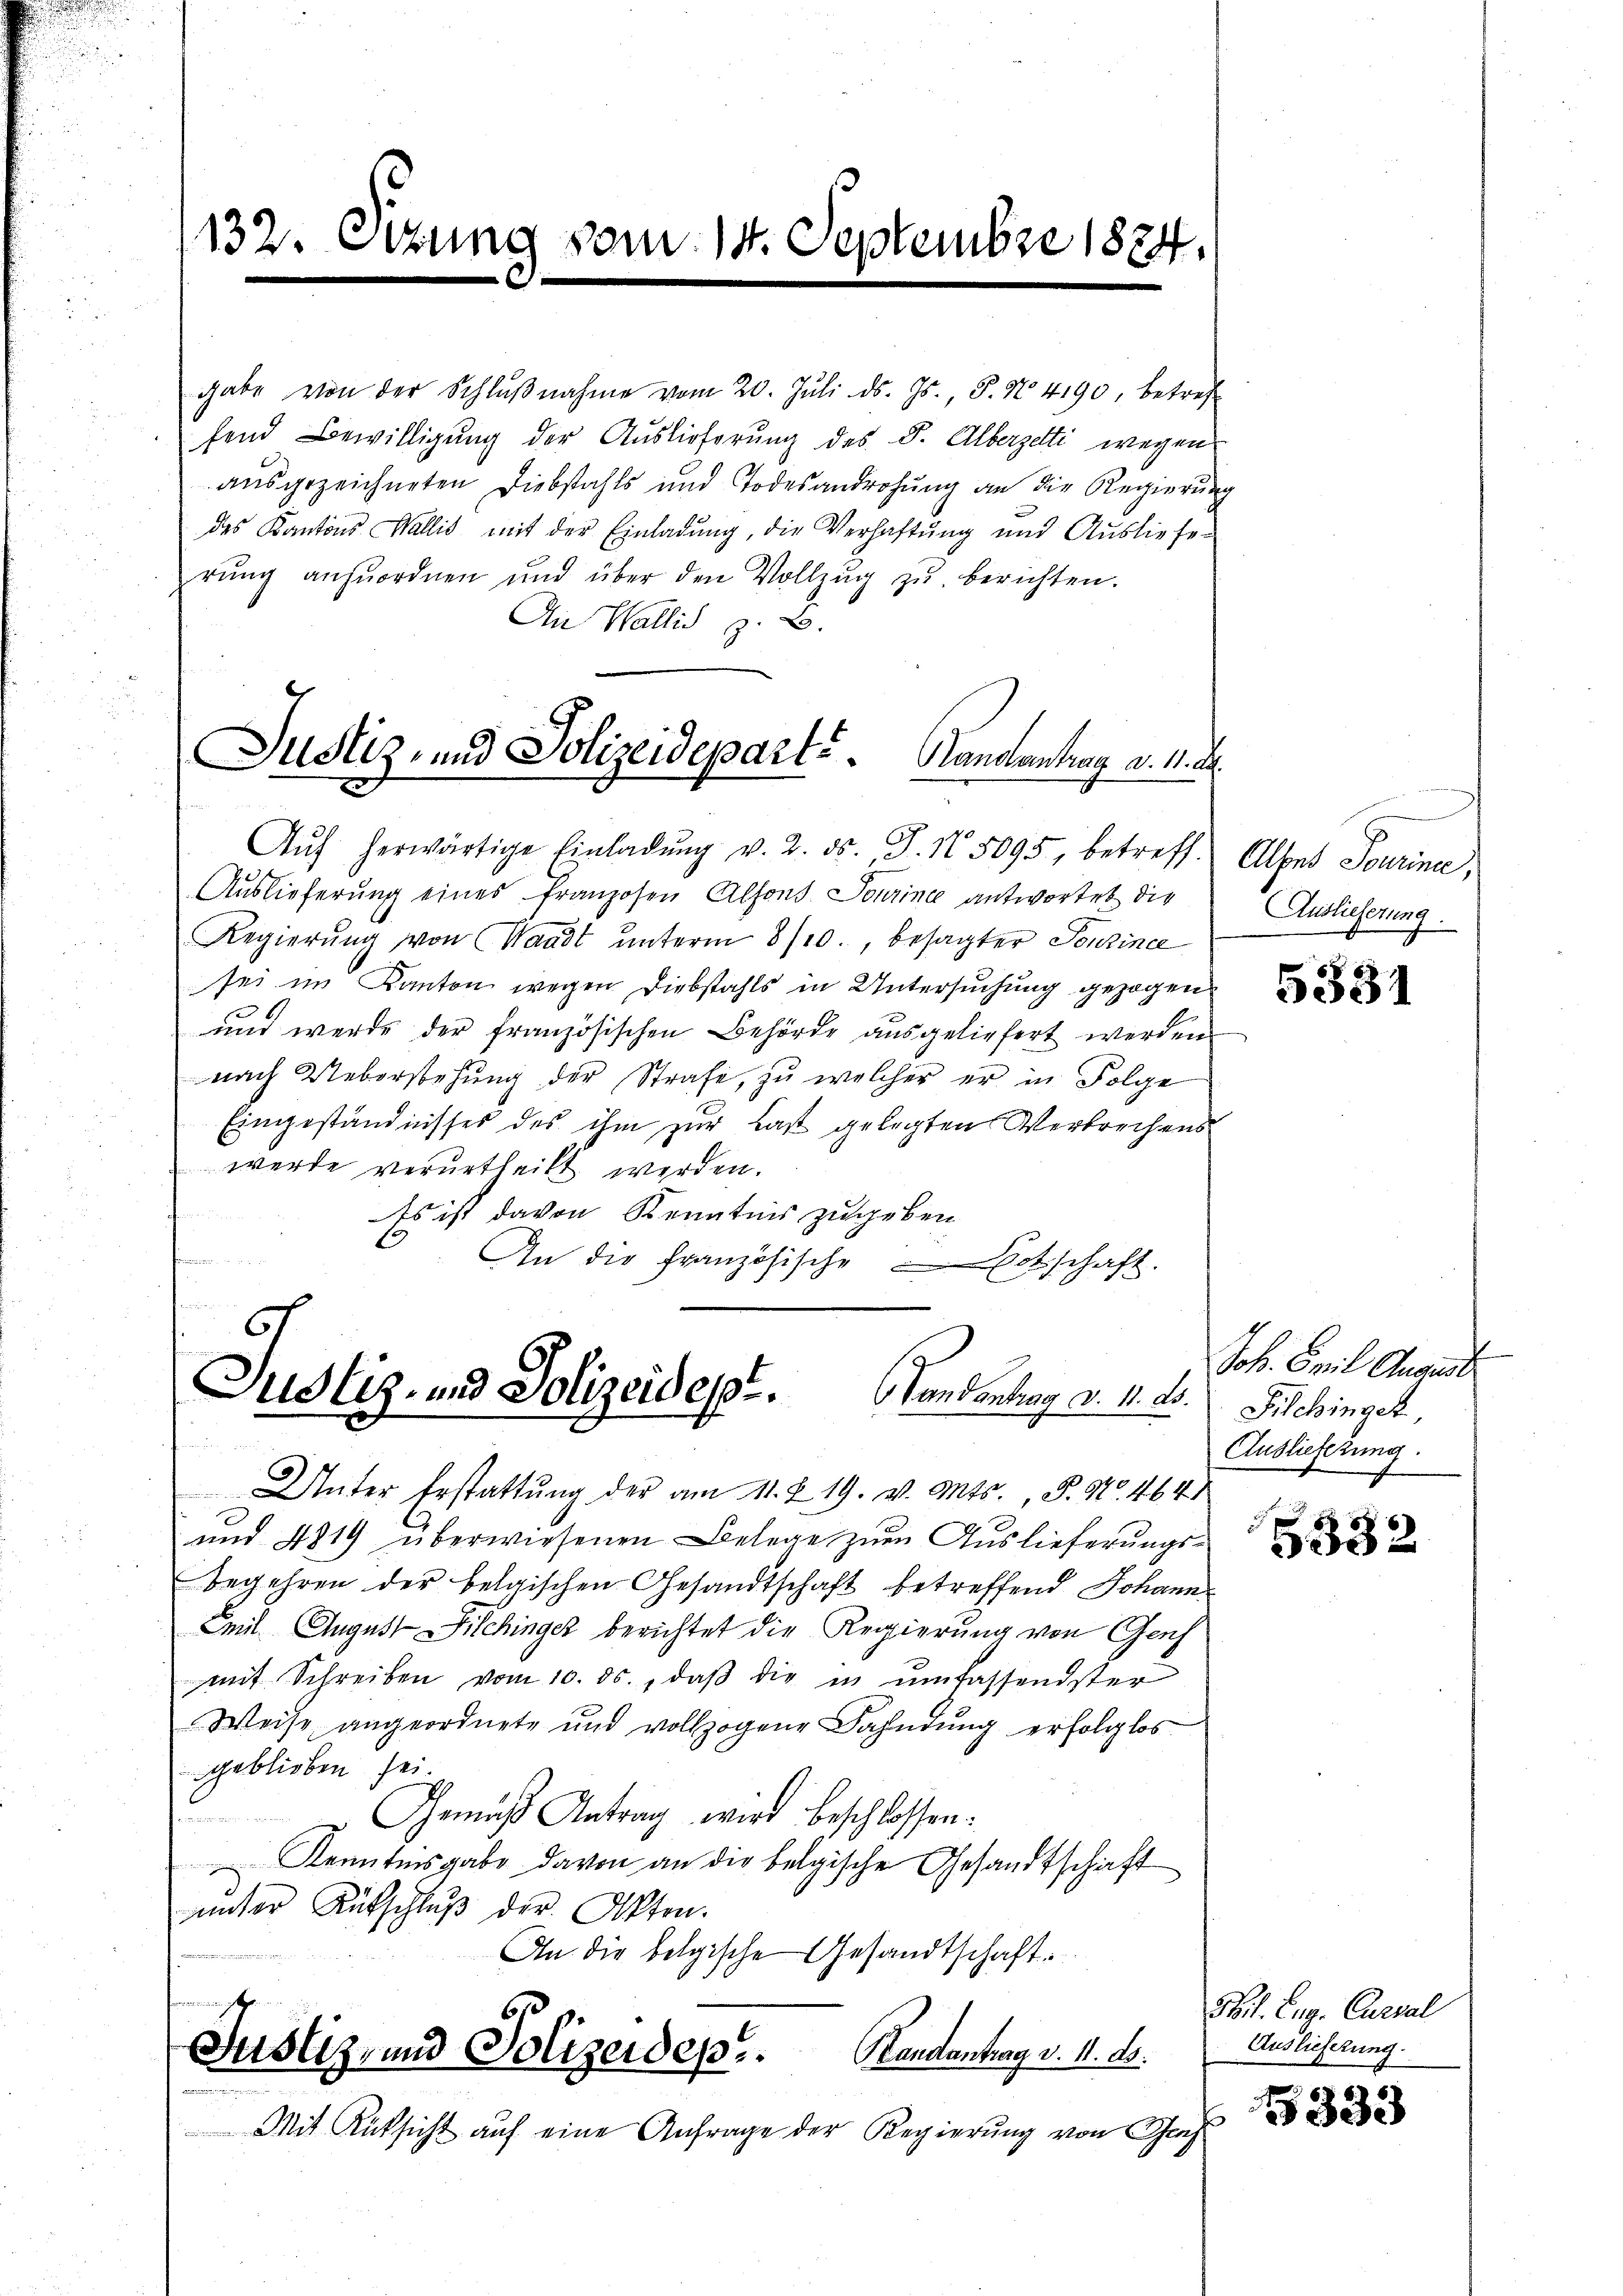
132. Octzung vom 14. Septembre 1884.

gabe von der Schlŭβnahme vom 20. Jŭli d. Js., P. Nr. 4190, betref
fend Bewilligung der Auslieferung des S. Alberzelti wegen
ausgezeichneten Diebstahls und Todesandrohung an die Regierung
des Kantons Wallis mit der Einladŭng, die Verhaftung und Ausliefe-
rŭng anzŭordnen und über den Vollzŭg zŭ berichten.
An Wallis z. B.

Justiz- und Polizeidepart. Handantrag d. 11.

57
Justiz- und Polizeides. Landantrag d. 11. ds.

Aŭf herwärtige Einladŭng v. 2. ds., S. N. 5095, betreff. Albes Sourine,
Auslieferung eines franzosen Alfons Sourine antwortet die
Regierŭng von Waadt ŭnterm 8/10., besagter Sonzine
sei im Kanton wegen Diebstahls in Untersuchung gezogen.
und werde der französischen Behörde ausgeliefert werden
nach Ueberstehung der Strafe, zu welcher er in Folge
Eingeständnisses des ihm zur Last gelegten Verbrechens
werde verurtheilt werden.
Es ist davon Kenntnis zugeben.
An die Französische Entschaft.

Unter Erstattŭng der am 11. 219. v. Mts., P. Nr. 464
und 4819 überwiesenen Belege zum Auslieferungsbegehren der belgischen Gesandtschaft betreffend Johann
Zeit August Filchinger berichtet die Regierung von Genf
mit Schreiben vom 10. ds., daβ die in umfassendster
Weise angeordnete und vollzogene Fahndung erfolglos
geblieben sei.
 Gemäß Antrag wird beschlossen:
 Kenntnisgabe davon an die belgische Gesandtschaft
ŭnter Aufschlŭβ der Akten.
An die belgische Gesandtschaft.
herigen, und die
Justiz, und Polizeides Handantrag v. 11. ds.
Mit Rüksicht auf eine Anfrage der Regierung von Genf

Auslieferung.

5331

Joh. Freil August
Filchinger,
Auslieferung.

5332

Frl. Zug. Cursal
Auslieferung.

5333